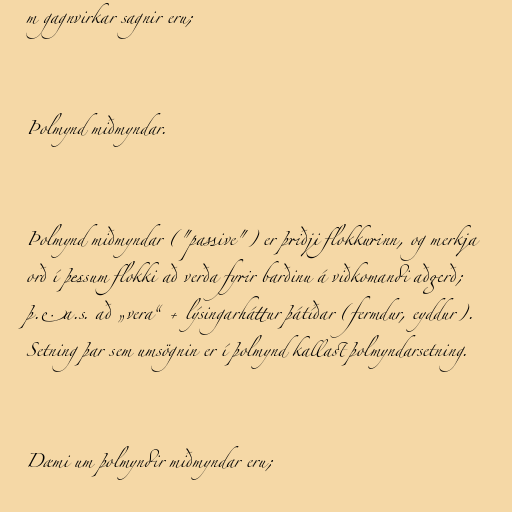
m gagnvirkar sagnir eru;

Þolmynd miðmyndar.

Þolmynd miðmyndar ("passive") er þriðji flokkurinn, og merkja
orð í þessum flokki að verða fyrir barðinu á viðkomandi aðgerð;
þ.e.a.s. að „vera“ + lýsingarháttur þátíðar (fermdur, eyddur).
Setning þar sem umsögnin er í þolmynd kallast þolmyndarsetning.

Dæmi um þolmyndir miðmyndar eru;